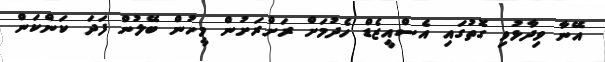
އޭނާ ވިދާޅުވި ގޮތުގައި އެސްއީޒެޑް ހެދުމަށް ރަށްރަށުން މީހުން ބޭލުން ފަދަ ކަންކަން